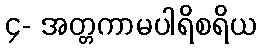
၄- အတ္တကာမပါရိစရိယ